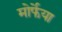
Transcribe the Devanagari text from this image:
मोर्फेया